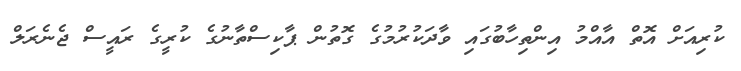
ކުރިއަށް އޮތް އާއްމު އިންތިހާބުގައި ވާދަކުރުމުގެ ގޮތުން ޕާކިސްތާނުގެ ކުރީގެ ރައީސް ޖެނެރަލް